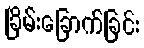
ခြိမ်းခြောက်ခြင်း